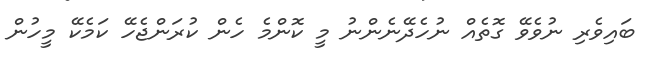
ބައިވެރި ނުވެވޭ ގޮތެއް ނުހެދޭނެންނު މީ ކޮންމެ ހެން ކުރަންޖެހޭ ކަމެކޭ މީހުން